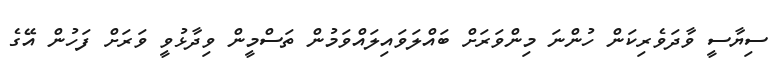
ސިޔާސީ ވާދަވެރިކަން ހުންނަ މިންވަރަށް ބައްލަވައިލައްވަމުން ތަސްމީން ވިދާޅުވީ ވަރަށް ފަހުން އޭގެ